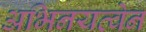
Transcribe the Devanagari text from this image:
अभिनयत्वेन